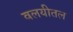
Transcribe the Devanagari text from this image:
वलयीतल